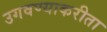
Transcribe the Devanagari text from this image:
उगवण्याकरीता